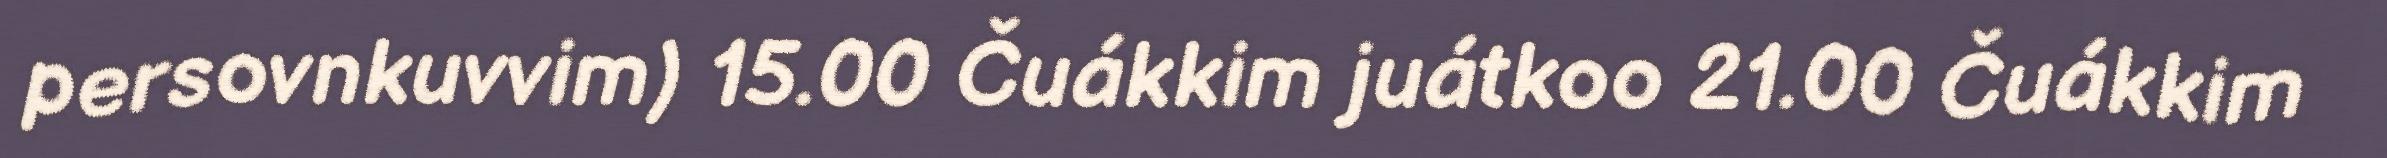
persovnkuvvim) 15.00 Čuákkim juátkoo 21.00 Čuákkim